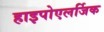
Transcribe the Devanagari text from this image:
हाइपोएलर्जिक